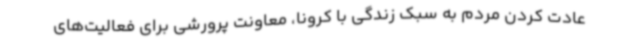
عادت کردن مردم به سبک زندگی با کرونا، معاونت پرورشی برای فعالیت‌های